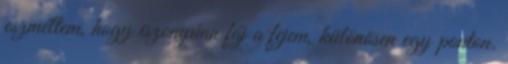
eszméltem, hogy iszonyúan fáj a fejem, különösen egy ponton.